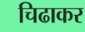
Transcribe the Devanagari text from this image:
चिढाकर